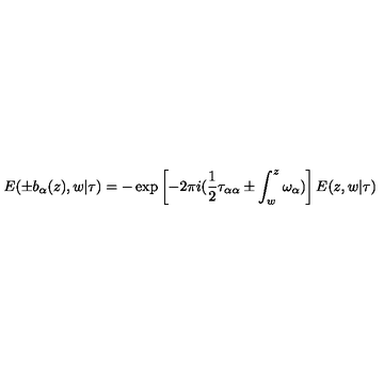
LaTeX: E ( \pm b _ { \alpha } ( z ) , w | \tau ) = - \exp \left[ - 2 \pi i ( \frac { 1 } { 2 } \tau _ { \alpha \alpha } \pm \int _ { w } ^ { z } \omega _ { \alpha } ) \right] E ( z , w | \tau )